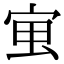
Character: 𭓱